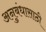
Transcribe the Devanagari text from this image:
अनुबंधासाठी